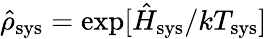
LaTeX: \hat{\rho}_{\mathrm{sys}}=\exp[\hat{H}_{\mathrm{sys}}/kT_{\mathrm{sys}}]